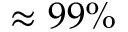
\approx 9 9 \%